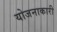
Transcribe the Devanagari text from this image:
योजनाकारी